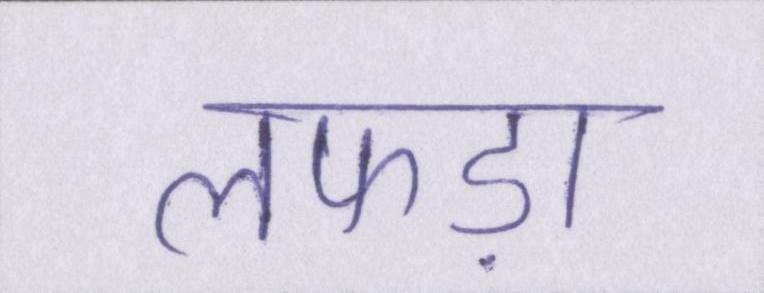
लफड़ा